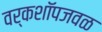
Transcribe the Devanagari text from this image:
वर्कशॉपजवळ